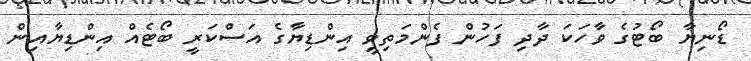
ޑޯނިޔާ ބޯޓުގެ ވާހަކަ ދާދި ފަހުން ފެންމަތިވީ އިންޑިޔާގެ އަސްކަރީ ބޯޓެއް އިންޑިޔާއިން